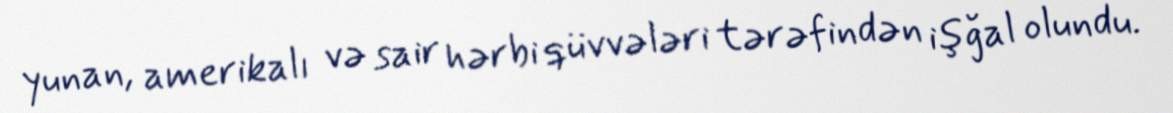
yunan, amerikalı və sair hərbi qüvvələri tərəfindən işğal olundu.